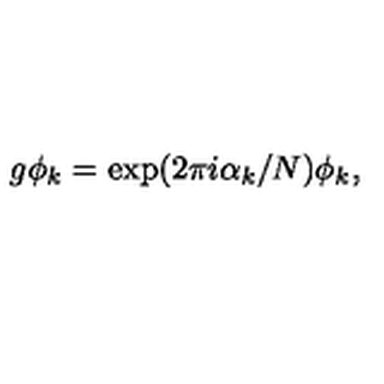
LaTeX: g \phi _ { k } = \exp ( 2 \pi i \alpha _ { k } / N ) \phi _ { k } ,